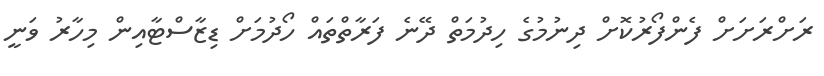
ރަށްރަށަށް ފެންފޯރުކޮށް ދިނުމުގެ ހިދުމަތް ދޭނެ ފަރާތްތައް ހޯދުމަށް ޑިޒާސްޓާއިން މިހާރު ވަނީ